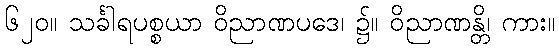
၆၂၀။ သင်္ခါရပစ္စယာ ဝိညာဏပဒေ၊ ၌။ ဝိညာဏန္တိ၊ ကား။